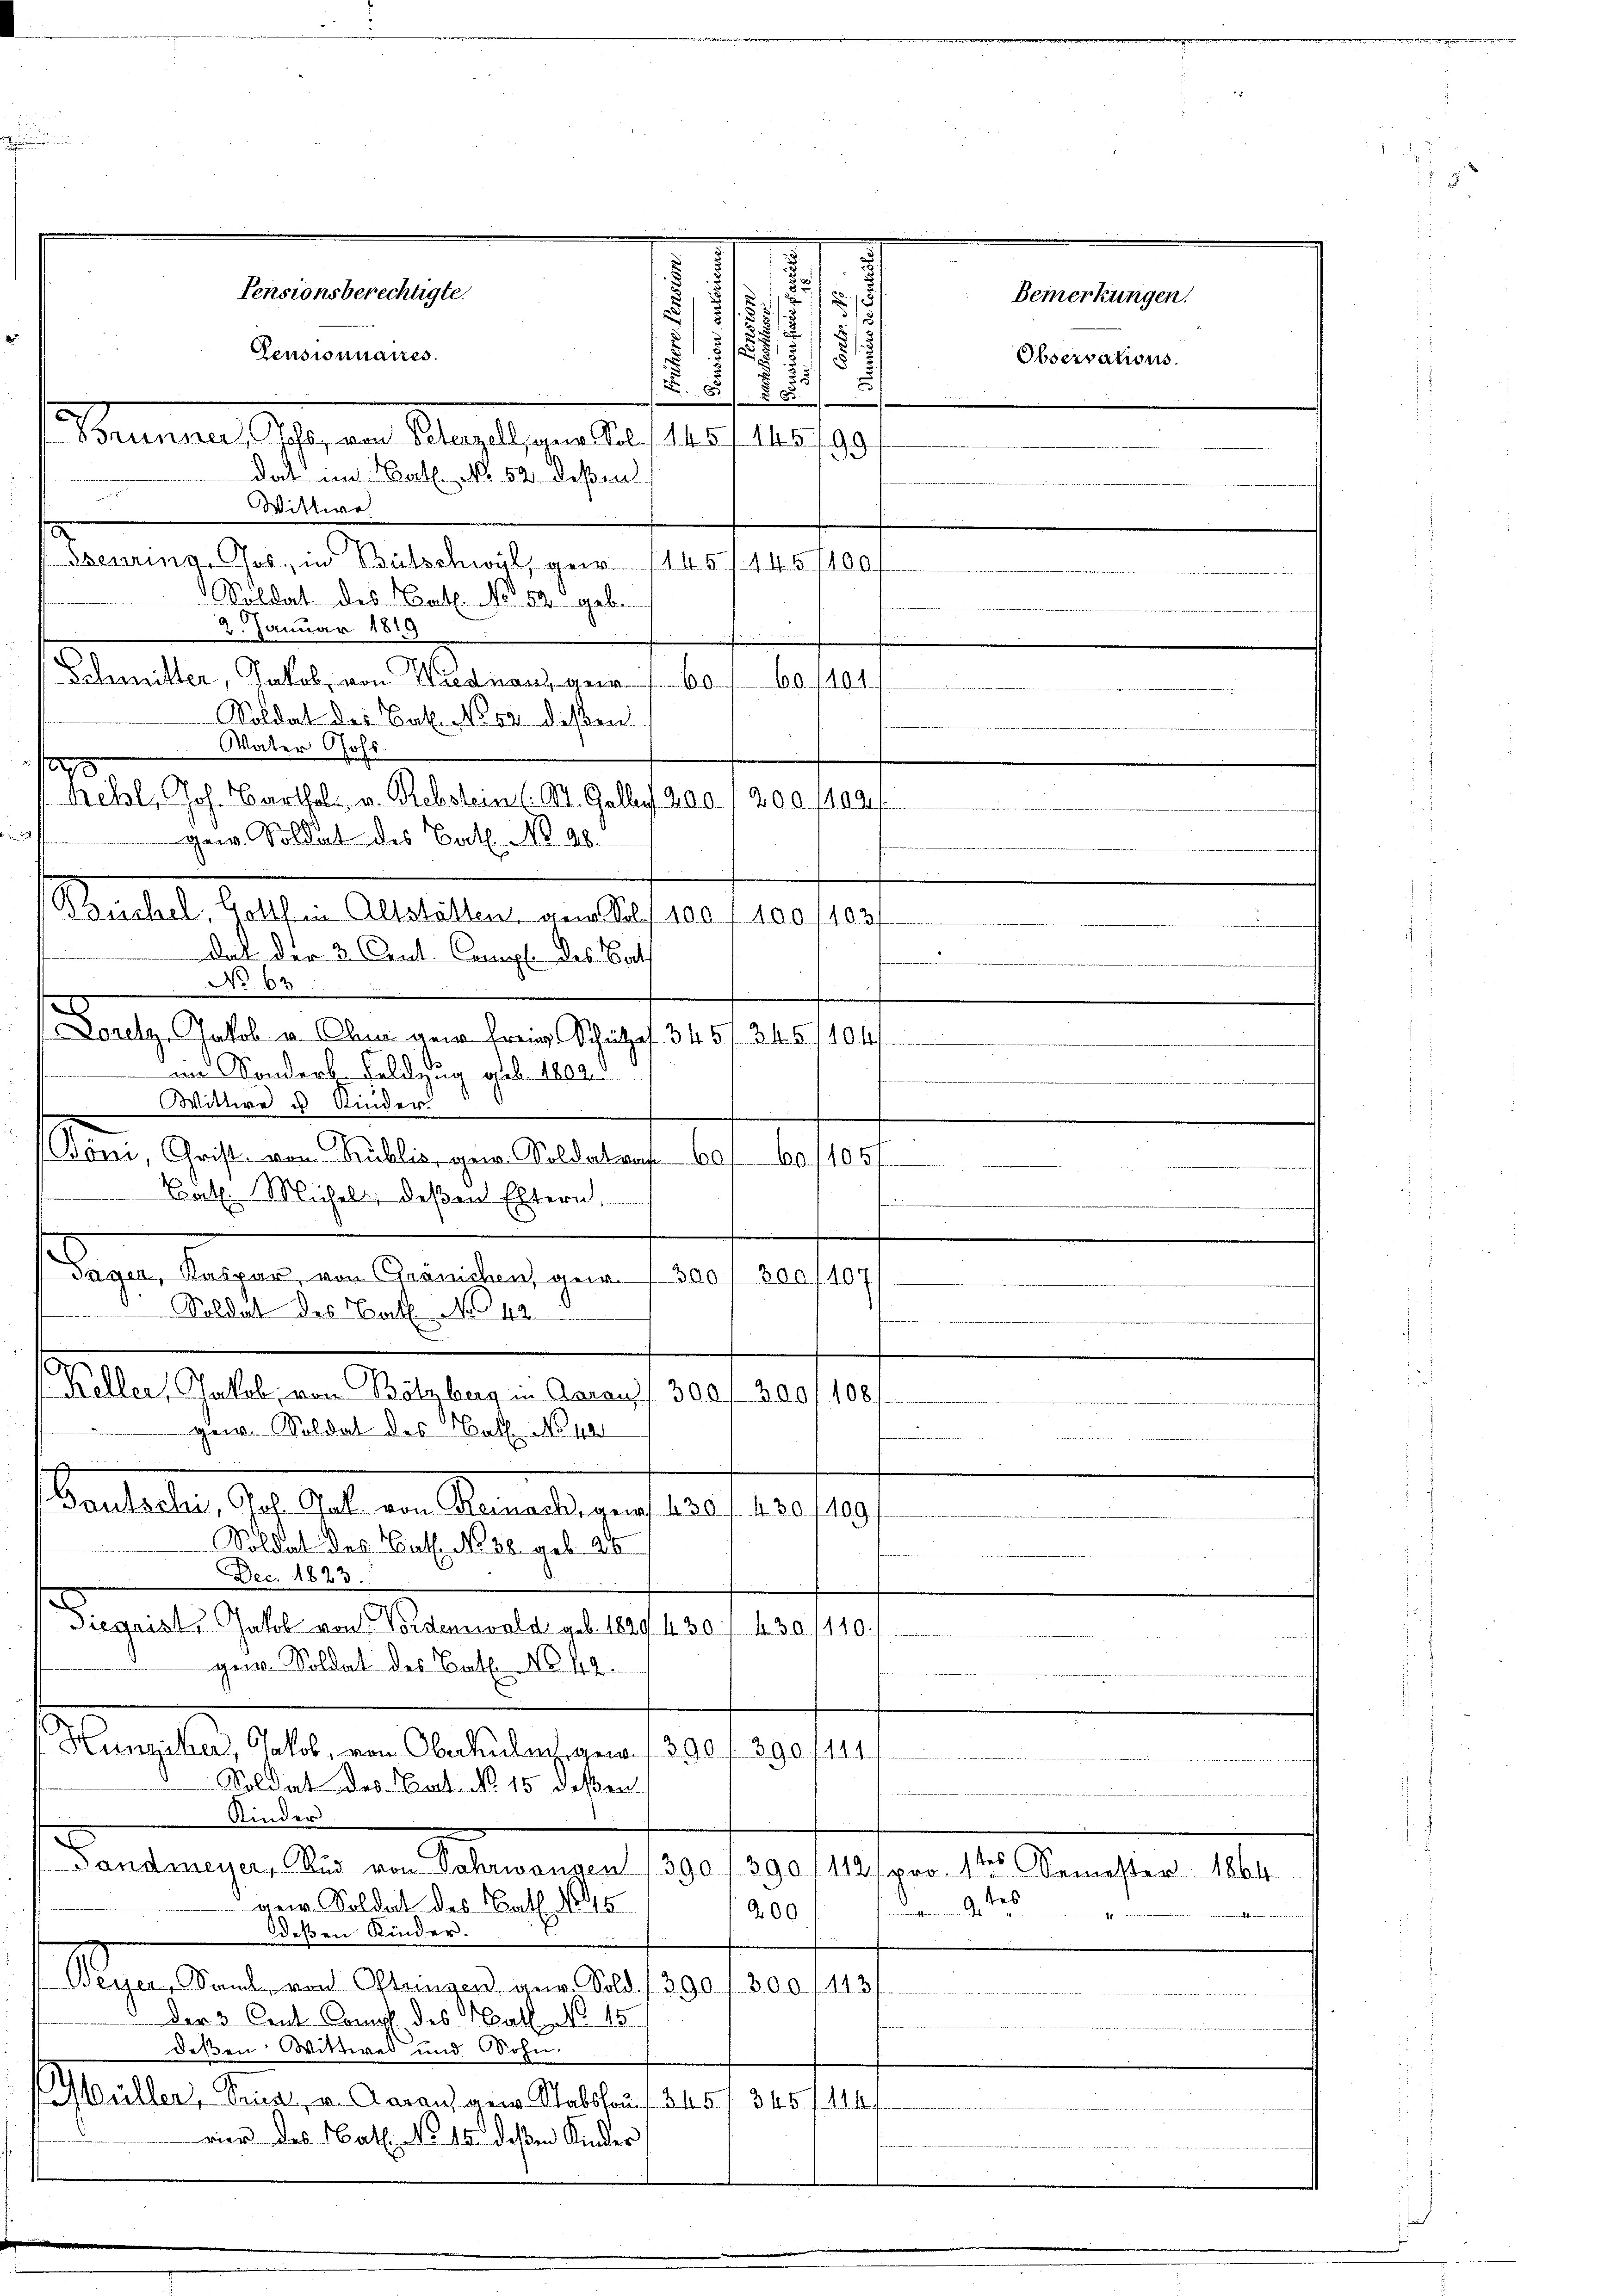
2
25/
.
1
11 x
155

2

8
90
Denung Garant Matermals aus Masserspro
Soldat des Nat. No. 52. gebe
2. Januar 1819
Schmitter, Jakob, von Wiedner, gen 60
60. 101.
Soldat des Cat. No 52 deßen
Vater Chohs.
Mehl, Joh. Bartholz v. Rebstein (Ct. Galler 200. 1200. 1402/
dat der 3. Ceul. Comp. des Bat
No 63
e
Dorelz, Jakob u. An der Freie Schutzes. 345 f. 345/104)
ii Sonderh. Feldzug geb. 1802.
Wittwe u Rinder
d
Göni, Christ von Trüblis, von Soldate 601. 601105/
Bäth. Mühel, deßen Eltern
f
Gager, Kaspar, von Gränichen ger. 1300 f 300 f 1071
Soldat des Bat. No 42.
.
Keller, Jakob, von Bötzberg in Aarauf 300 f 300 f 108/

ger. Soldat des Ball No 44
.
antaster Ges. Soll an Stadlingen 1280. 1910.
109
Soldat des Bat. No 36. geb. 216
Dec. 1823.
Diegrist, Jakob von Vordenswald geb. 1829/ 430 f. 430/110./
gen. Soldat des Bat. No. 42.
Dans les halten Auslieferen 1890.
390 f 144.

Soldat des Bat. No. 15 deßen
Kinder
Gandmeyer, Rud von Fahrwangen (390/390 (112. 1 des Semester 1864.
gem. Soldat des Barth. No 915
igen ein Gersammannungen
200
deßen Kinder.
Weyer, Sand, von Ohringen, gew. Sold. 1390 f. 300 f 143
der 3 Cent Comp. des Mathe No. 15
deßen Wittwes und Sohn.
Güller, Pries, v. Aaraus gew. Stabshaus 345 f. 245 f. 114.
wird des Nat. No 15. deßen Kinder

Pensionsberechtigte.
Pensionnaires.
Sonnen Ges., und Merlesen u. 1405. 1910.
dat im Bat. No. 52. Deßen
e

70

Wittwe

gen. Soldat des Bat. No 98

Basel Gelten Abstalten den 10. 190 f 30 f.

7

eien
d

n

Bemerkungen.
Observations.